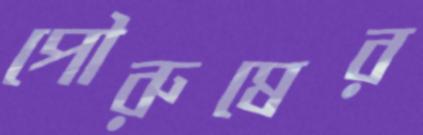
পৌরুষের